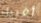
أغبياء